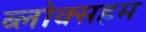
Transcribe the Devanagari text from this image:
ब्लोक्सहम